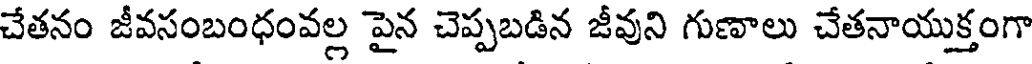
చేతనం జీవసంబంధంవల్ల పైన చెప్పబడిన జీవుని గుణాలు చేతనాయుక్తంగా